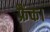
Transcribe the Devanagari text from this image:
फ्रैंक।